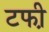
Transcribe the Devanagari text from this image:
टफी़